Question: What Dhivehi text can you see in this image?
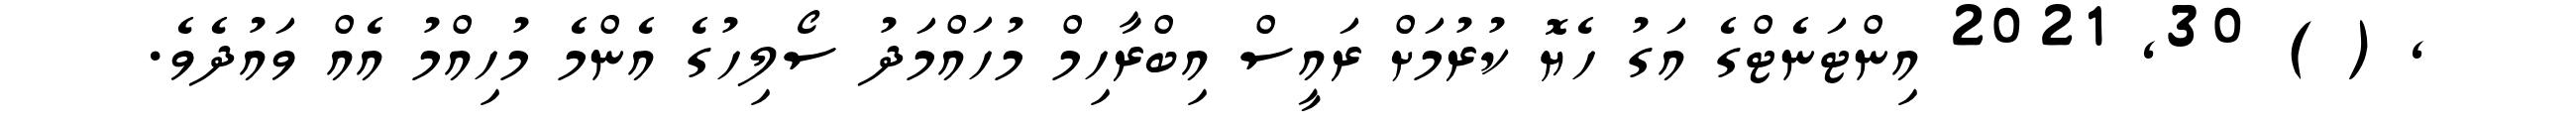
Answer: , ( ) 30, 2021 އިންޓަނެޓްގެ އަގު ހެޔޮ ކުރުމަށް ރައީސް އިބްރާހިމް މުހައްމަދު ސޯލިހުގެ އެންމެ މުހިއްމު އެއް ވައުދެވެ.